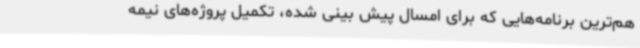
هم‌ترین برنامه‌هایی که برای امسال پیش بینی شده، تکمیل پروژه‌های نیمه